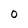
Character: 0